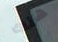
هناك